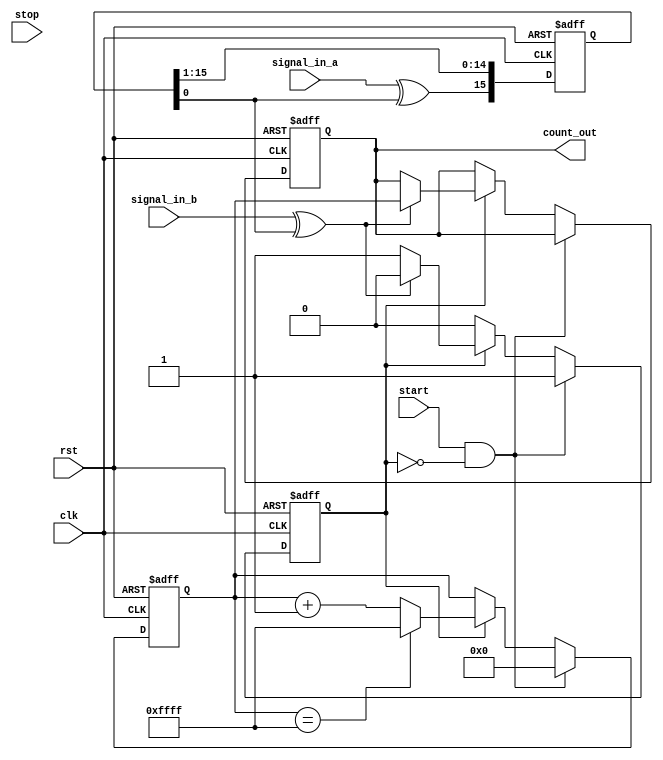
module TimeToDigitalConverter (
    input wire clk,            // System clock
    input wire rst,            // Asynchronous reset
    input wire start,          // Start signal from the external system
    input wire stop,           // Stop signal from the external system
    input wire signal_in_a,    // First input signal
    input wire signal_in_b,    // Second input signal
    output reg [15:0] count_out // Output count representing time interval
);

    // Parameters
    parameter DELAY_LINE_SIZE = 16; // Number of stages in the delay line
    parameter MAX_COUNT = 65535;     // Maximum count value for a 16-bit counter

    // Internal signals
    reg [DELAY_LINE_SIZE-1:0] delay_line; // Delay line for input signal conditioning
    reg [15:0] counter;                   // Digital counter
    reg measuring;                        // Measurement state
    wire [DELAY_LINE_SIZE-1:0] tapped_value; // Tapped value from delay line
    
    // Input Signal Conditioning: Schmitt Trigger
    wire conditioned_signal_a = (signal_in_a ^ delay_line[0]); // Simple example for conditioning
    wire conditioned_signal_b = (signal_in_b ^ delay_line[0]);

    // Delay Line
    always @(posedge clk or posedge rst) begin
        if (rst) begin
            delay_line <= 0;
        end else begin
            delay_line <= {conditioned_signal_a, delay_line[DELAY_LINE_SIZE-1:1]};
        end
    end

    // Tapping Mechanism
    assign tapped_value = delay_line;

    // Counter
    always @(posedge clk or posedge rst) begin
        if (rst) begin
            counter <= 0;
            measuring <= 0;
            count_out <= 0;
        end else if (start && !measuring) begin
            measuring <= 1; // Start measuring
            counter <= 0; // Reset counter
        end else if (measuring) begin
            // Count whenever measuring is active
            counter <= (counter == MAX_COUNT) ? MAX_COUNT : counter + 1;
            if (conditioned_signal_b) begin // Stop condition
                count_out <= counter; // Save the count result
                measuring <= 0; // Stop measuring
            end
        end
    end

endmodule